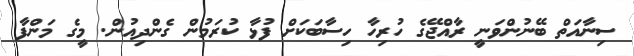
ސިނާއަތް ބޭނުންވަނީ ރާއްޖޭގެ ހުރިހާ ހިސާބަކަށް ފުޅާ ކުރަމުން ގެންދިއުން. މީގެ މަންފާ